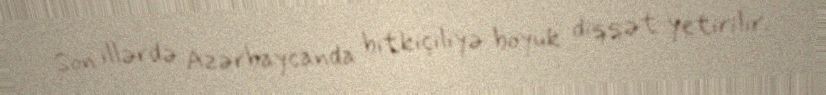
Son illərdə Azərbaycanda bitkiçiliyə böyük diqqət yetirilir.